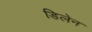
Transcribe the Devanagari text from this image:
डिलेन